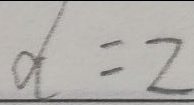
d = 2